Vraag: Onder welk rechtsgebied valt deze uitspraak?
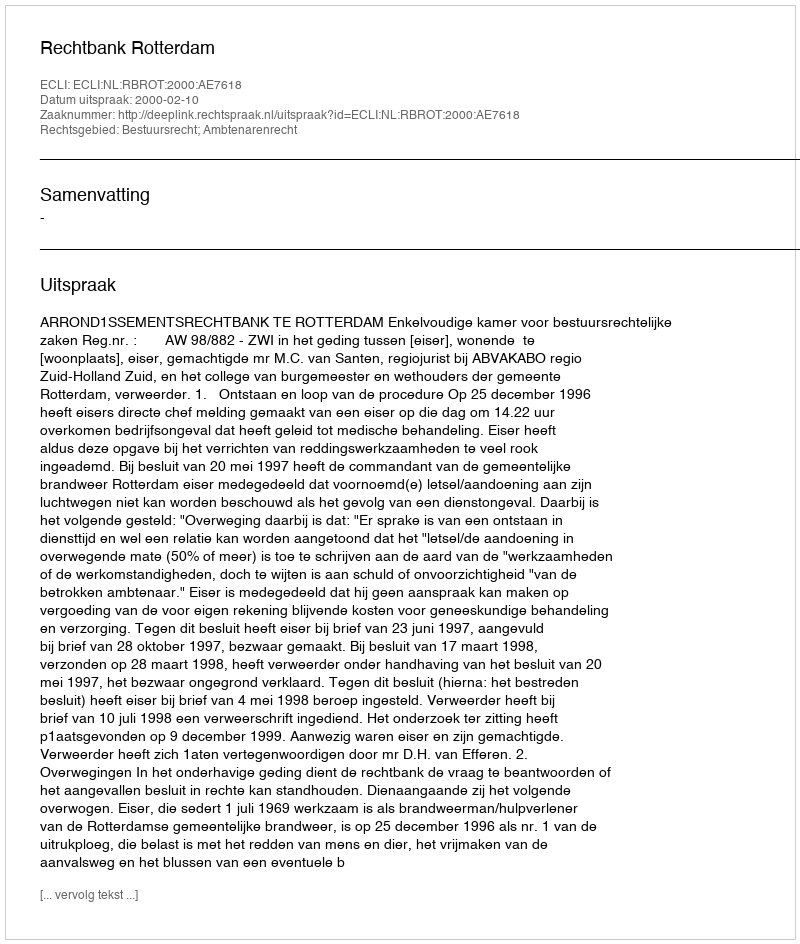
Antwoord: Bestuursrecht; Ambtenarenrecht